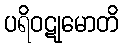
ပရိဝဋုမောတိ